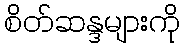
စိတ်ဆန္ဒများကို